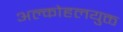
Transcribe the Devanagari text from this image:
अल्कोहलयुक्त